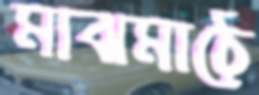
মাঝমাঠে